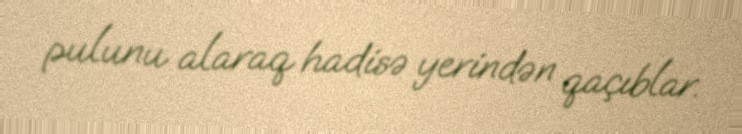
pulunu alaraq hadisə yerindən qaçıblar.